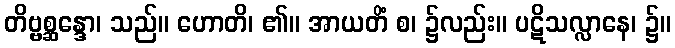
တိဗ္ဗစ္ဆန္ဒော၊ သည်။ ဟောတိ၊ ၏။ အာယတိံ စ၊ ၌လည်း။ ပဋိသလ္လာနေ၊ ၌။